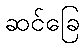
ဆင်ခြေ